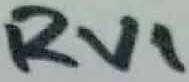
Text: RV1